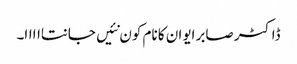
ڈاکٹر صابر ایوان کا نام کون نئیں جانتااااا۔